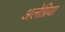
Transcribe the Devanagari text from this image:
अलेग्रिया